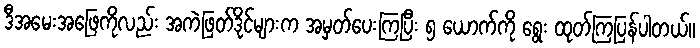
ဒီအမေးအဖြေကိုလည်း အကဲဖြတ်ဒိုင်များက အမှတ်ပေးကြပြီး ၅ ယောက်ကို ရွေး ထုတ်ကြပြန်ပါတယ်။